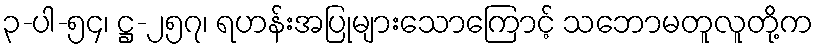
၃-ပါ-၅၄၊ ဋ္ဌ-၂၅၇၊ ရဟန်းအပြုများသောကြောင့် သဘောမတူလူတို့က